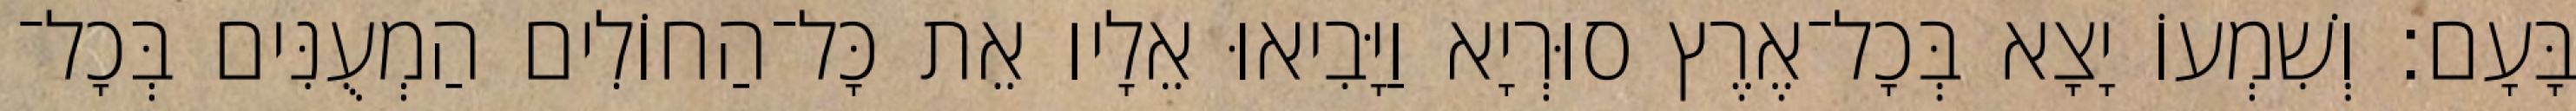
בָּעָם׃ וְשִׁמְעוֹ יָצָא בְּכָל־אֶרֶץ סוּרְיָא וַיָּבִיאוּ אֵלָיו אֵת כָּל־הַחוֹלִים הַמְעֻנִּים בְּכָל־